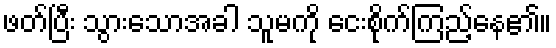
ဖတ်ပြီး သွားသောအခါ သူမကို ငေးစိုက်ကြည့်နေ၏။